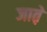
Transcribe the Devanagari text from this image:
जात़े